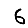
Digit: 6